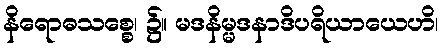
နိရောဓသစ္စေ၊ ၌။ မဒနိမ္မဒနာဒိပရိယာယေဟိ၊